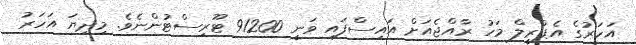
އަހަރުގެ އެޕްރީލް މަހު ރާއްޖެއަށް އައިސްފައި ވަނީ 91200 ޓޫރިސްޓުންނެވެ. މިދިޔަ އަހަރު